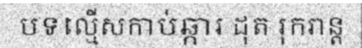
បទល្មើសកាប់ឆ្ការ ដុត រុករាន្ត